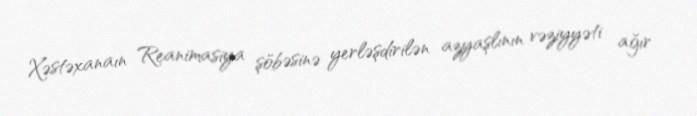
Xəstəxanaın Reanimasiya şöbəsinə yerləşdirilən azyaşlının vəziyyəti ağır